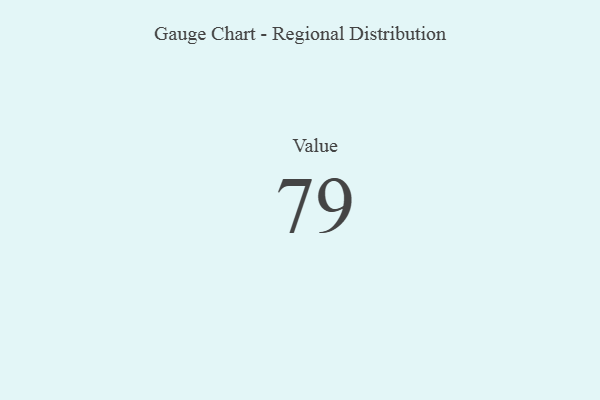
{"axis": {"x": "Metric", "y": "Value"}, "legend": [""], "data": [{"x": "Value", "y": 79, "type": ""}]}